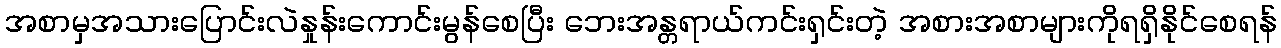
အစာမှအသားပြောင်းလဲနှုန်းကောင်းမွန်စေပြီး ဘေးအန္တရာယ်ကင်းရှင်းတဲ့ အစားအစာများကိုရရှိနိုင်စေရန်